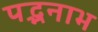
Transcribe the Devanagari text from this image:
पद्भनाभ